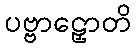
ပဗ္ဗာဠှောတိ